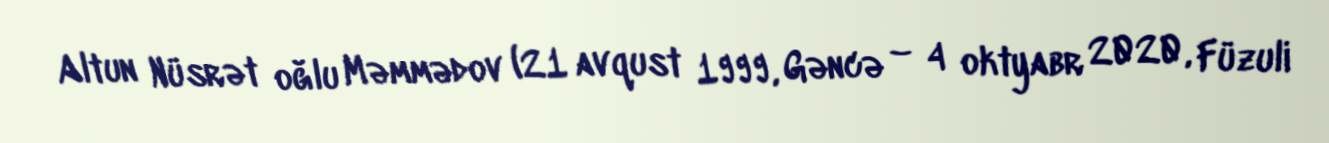
Altun Nüsrət oğlu Məmmədov (21 avqust 1999, Gəncə – 4 oktyabr 2020, Füzuli